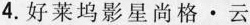
4.好莱坞影星尚格·云